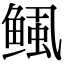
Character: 鲺